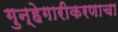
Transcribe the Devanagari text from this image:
गुन्हेगारीकरणाचा